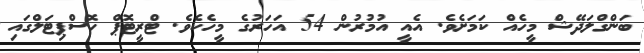
ބަންގްލަދޭޝް މީހެއް ކަމަށެވެ. އެއީ އުމުރުން 54 އަހަރުގެ މީހެކެވެ. ޓްރީޓޮޕް ހޮސްޕިޓަލްގައި